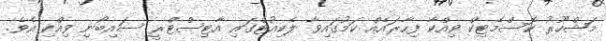
މަޝްހޫރު ކޮސްމެޓިކް ވިއްކާ ފިހާރައެއް ކަމުގައިވާ ލެކިއުޓްގައި އާޓިސްޓްރީ ސައިބޯނި ވިއްކި އެވެ.